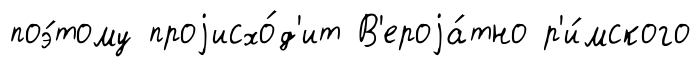
поэ́тому проjисхо́д'ит В'ероjа́тно р'и́мского